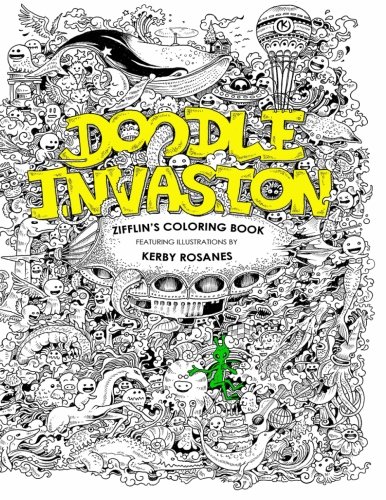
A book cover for Doodle Invasion: Zifflin's Coloring Book (Volume 1); Zifflin; Humor & Entertainment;